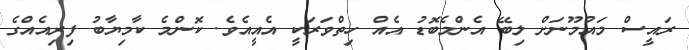
ރައީސް މައުމޫނަށް ލިބޭ އެންމެބޮޑު އެއް ހިތްވަރަކީ އެއީއެވެ. ކޮންމެ ކާމިޔާބު ފިރިއެއްގެ